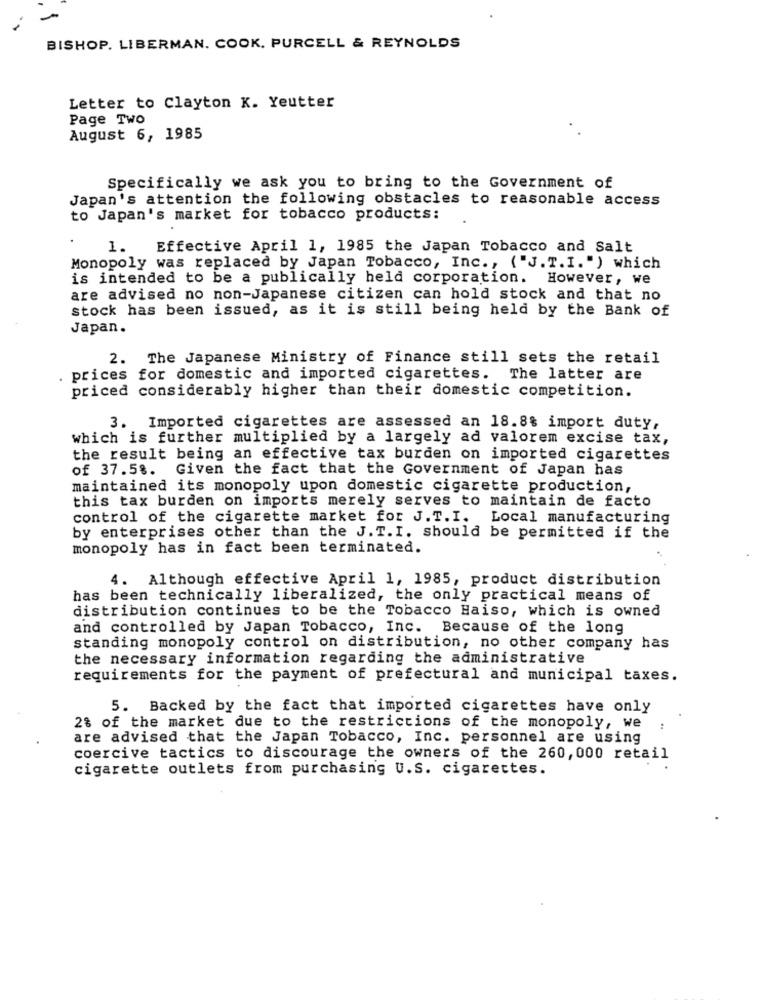
BISHOP. LIBERMAN. COOK. PURCELL & REYNOLDS
Letter to Clayton K. Yeutter
Page TWO
August 6, 1985
Specifically we ask you to bring to the Government of
Japan's attention the following obstacles to reasonable access
to Japan's market for tobacco products:
1.
Effective April 1, 1985 the Japan Tobacco and Salt
Monopoly was replaced by Japan Tobacco, Inc ., ("J. T.I. " ) which
is intended to be a publically held corporation. However, we
are advised no non-Japanese citizen can hold stock and that no
stock has been issued, as it is still being held by the Bank of
Japan.
2. The Japanese Ministry of Finance still sets the retail
prices for domestic and imported cigarettes. The latter are
priced considerably higher than their domestic competition.
3. Imported cigarettes are assessed an 18.8% import duty,
which is further multiplied by a largely ad valorem excise tax,
the result being an effective tax burden on imported cigarettes
of 37.58. Given the fact that the Government of Japan has
maintained its monopoly upon domestic cigarette production,
this tax burden on imports merely serves to maintain de facto
control of the cigarette market for J. T. I.
Local manufacturing
by enterprises other than the J. T.I. should be permitted if the
monopoly has in fact been terminated.
4. Although effective April 1, 1985, product distribution
has been technically liberalized, the only practical means of
distribution continues to be the Tobacco Haiso, which is owned
and controlled by Japan Tobacco, Inc. Because of the long
standing monopoly control on distribution, no other company has
the necessary information regarding the administrative
requirements for the payment of prefectural and municipal taxes.
5. Backed by the fact that imported cigarettes have only
2% of the market due to the restrictions of the monopoly, we
are advised that the Japan Tobacco, Inc. personnel are using
coercive tactics to discourage the owners of the 260, 000 retail
cigarette outlets from purchasing U.S. cigarettes.